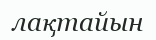
лақтайын